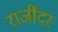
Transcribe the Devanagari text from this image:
राजींदर